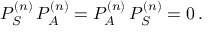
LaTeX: P _ { S } ^ { ( n ) } \, P _ { A } ^ { ( n ) } = P _ { A } ^ { ( n ) } \, P _ { S } ^ { ( n ) } = 0 \, .